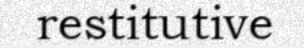
restitutive